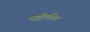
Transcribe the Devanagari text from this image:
पहीलीच